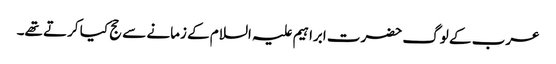
عرب کے لوگ حضرت ابراہیم علیہ السلام کے زمانے سے حج کیا کرتے تھے۔